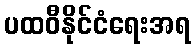
ပထဝီနိုင်ငံရေးအရ